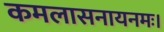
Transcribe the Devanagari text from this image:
कमलासनायनमः।